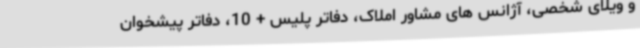
و ویلای شخصی، آژانس های مشاور املاک، دفاتر پلیس + 10، دفاتر پیشخوان